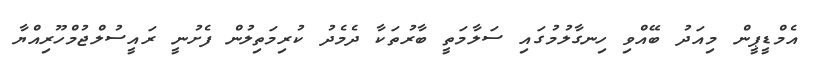
އެމްޑީޕީން މިއަދު ބޭއްވި ހިނގާލުމުގައި ސަލާމަތީ ބާރުތަކާ ދެމެދު ކުރިމަތިލުން ފެށުނީ ރައީސުލްޖުމްހޫރިއްޔާ